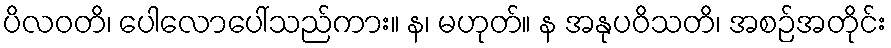
ပိလဝတိ၊ ပေါလောပေါ်သည်ကား။ န၊ မဟုတ်။ န အနုပဝိသတိ၊ အစဉ်အတိုင်း